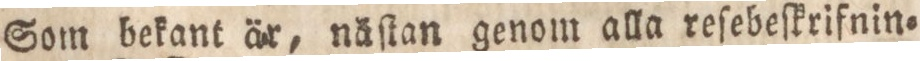
Som bekant är, näſtan genom alla reſebeſkrifnin=